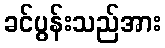
ခင်ပွန်းသည်အား